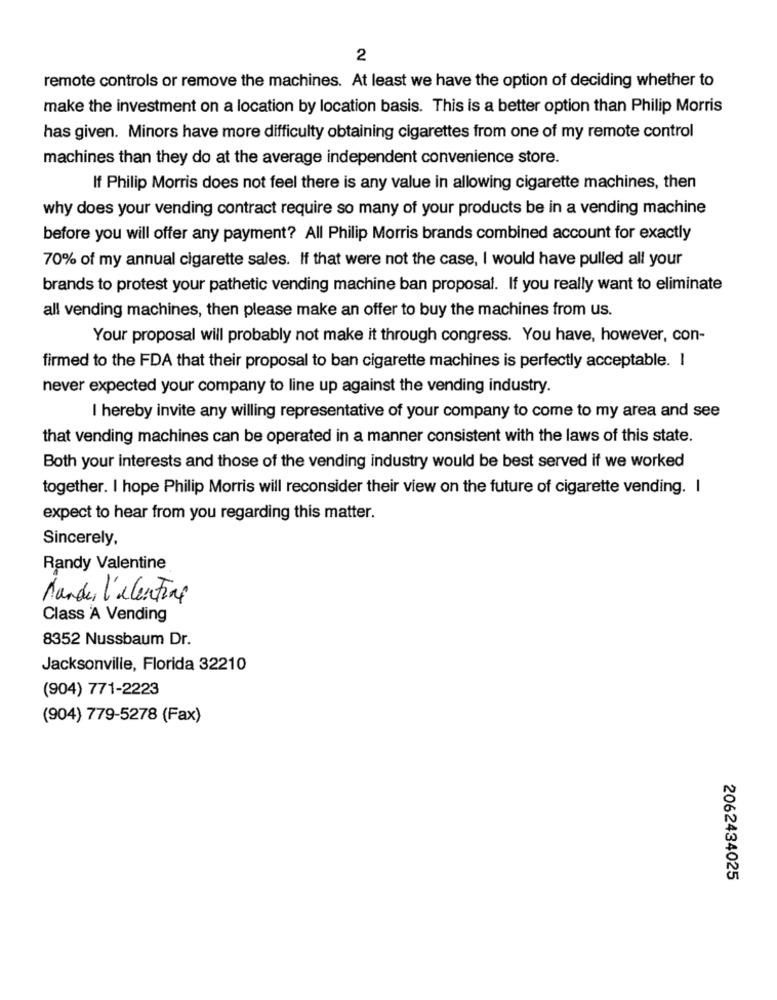
2
remote controls or remove the machines. At least we have the option of deciding whether to
make the investment on a location by location basis. This is a better option than Philip Morris
has given. Minors have more difficulty obtaining cigarettes from one of my remote control
machines than they do at the average independent convenience store.
If Philip Morris does not feel there is any value in allowing cigarette machines, then
why does your vending contract require so many of your products be in a vending machine
before you will offer any payment? All Philip Morris brands combined account for exactly
70% of my annual cigarette sales. If that were not the case, I would have pulled all your
brands to protest your pathetic vending machine ban proposal. If you really want to eliminate
all vending machines, then please make an offer to buy the machines from us.
Your proposal will probably not make it through congress. You have, however, con-
firmed to the FDA that their proposal to ban cigarette machines is perfectly acceptable. I
never expected your company to line up against the vending industry.
I hereby invite any willing representative of your company to come to my area and see
that vending machines can be operated in a manner consistent with the laws of this state.
Both your interests and those of the vending industry would be best served if we worked
together. I hope Philip Morris will reconsider their view on the future of cigarette vending. I
expect to hear from you regarding this matter.
Sincerely,
Randy Valentine
Mandei l'alentine
Class A Vending
8352 Nussbaum Dr.
Jacksonville, Florida 32210
(904) 771-2223
(904) 779-5278 (Fax)
2062434025